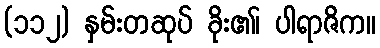
(၁၁၂) နှမ်းတဆုပ် ခိုး၏၊ ပါရာဇိက။